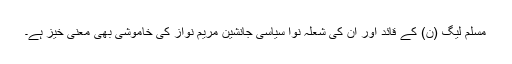
مسلم لیگ (ن) کے قائد اور ان کی شعلہ نوا سیاسی جانشین مریم نواز کی خاموشی بھی معنی خیز ہے۔